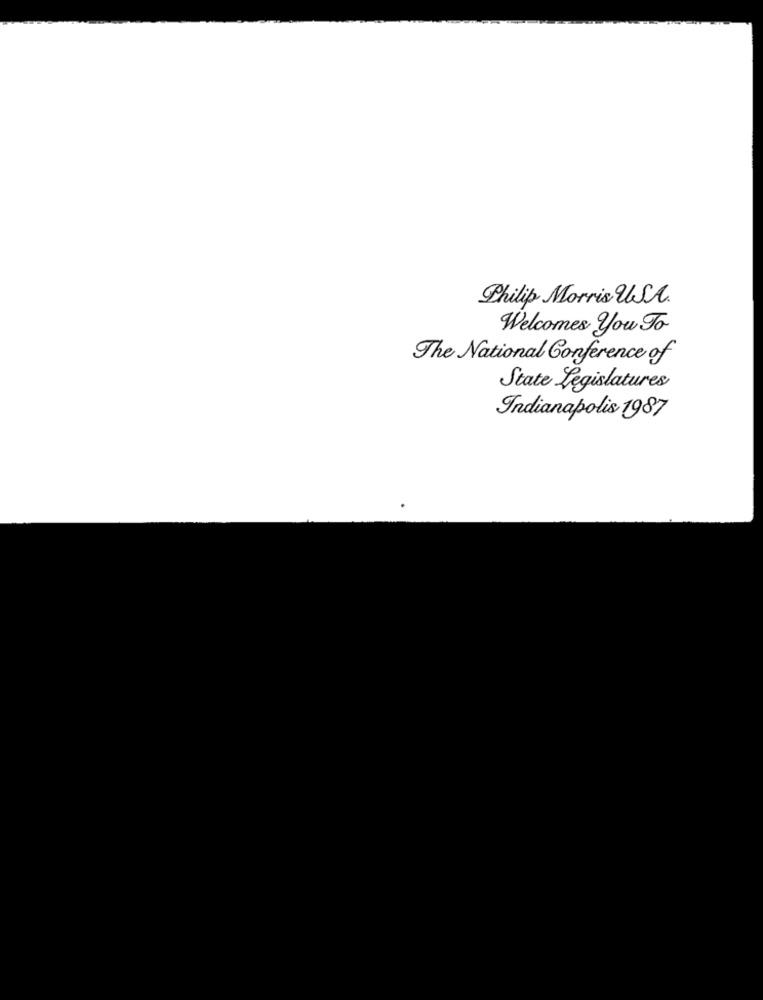
Philip Morris U.A.
Welcomes you To
The National Conference of
State Legislatures
Indianapolis 1987